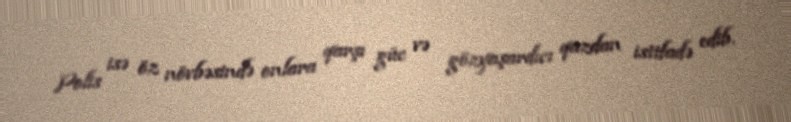
Polis isə öz növbəsində onlara qarşı güc və gözyaşardıcı qazdan istifadə edib.